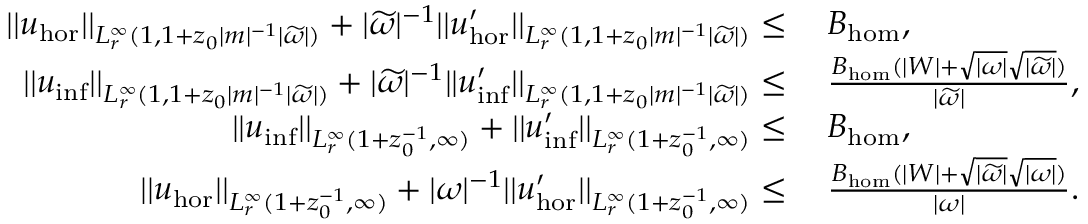
\begin{array} { r l } { | | u _ { \mathrm { h o r } } | | _ { L _ { r } ^ { \infty } ( 1 , 1 + z _ { 0 } | m | ^ { - 1 } | \widetilde { \omega } | ) } + | \widetilde { \omega } | ^ { - 1 } | | u _ { \mathrm { h o r } } ^ { \prime } | | _ { L _ { r } ^ { \infty } ( 1 , 1 + z _ { 0 } | m | ^ { - 1 } | \widetilde { \omega } | ) } \leq } & { \: B _ { \mathrm { h o m } } , } \\ { | | u _ { \mathrm { i n f } } | | _ { L _ { r } ^ { \infty } ( 1 , 1 + z _ { 0 } | m | ^ { - 1 } | \widetilde { \omega } | ) } + | \widetilde { \omega } | ^ { - 1 } | | u _ { \mathrm { i n f } } ^ { \prime } | | _ { L _ { r } ^ { \infty } ( 1 , 1 + z _ { 0 } | m | ^ { - 1 } | \widetilde { \omega } | ) } \leq } & { \: \frac { B _ { \mathrm { h o m } } ( | W | + \sqrt { | \omega | } \sqrt { | \widetilde { \omega } | } ) } { | \widetilde { \omega } | } , } \\ { | | u _ { \mathrm { i n f } } | | _ { L _ { r } ^ { \infty } ( 1 + z _ { 0 } ^ { - 1 } , \infty ) } + | | u _ { \mathrm { i n f } } ^ { \prime } | | _ { L _ { r } ^ { \infty } ( 1 + z _ { 0 } ^ { - 1 } , \infty ) } \leq } & { \: B _ { \mathrm { h o m } } , } \\ { | | u _ { \mathrm { h o r } } | | _ { L _ { r } ^ { \infty } ( 1 + z _ { 0 } ^ { - 1 } , \infty ) } + | \omega | ^ { - 1 } | | u _ { \mathrm { h o r } } ^ { \prime } | | _ { L _ { r } ^ { \infty } ( 1 + z _ { 0 } ^ { - 1 } , \infty ) } \leq } & { \: \frac { B _ { \mathrm { h o m } } ( | W | + \sqrt { | \widetilde { \omega } | } \sqrt { | \omega | } ) } { | \omega | } . } \end{array}